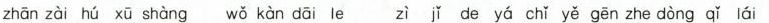
zhānzài hú xū shàng wǒ kàn dāi le zì jǐ de yá chǐ yě gēn zhe dòng qǐ lái